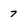
Character: 7